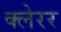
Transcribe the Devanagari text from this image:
क्लेरर